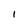
Character: 1